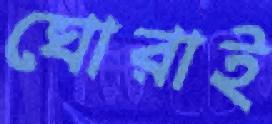
ঘোরাই